Annual report of the Punjab Veterinary College and of the Civil Veterinary Department, Punjab - 1920-1925
Year: 1920
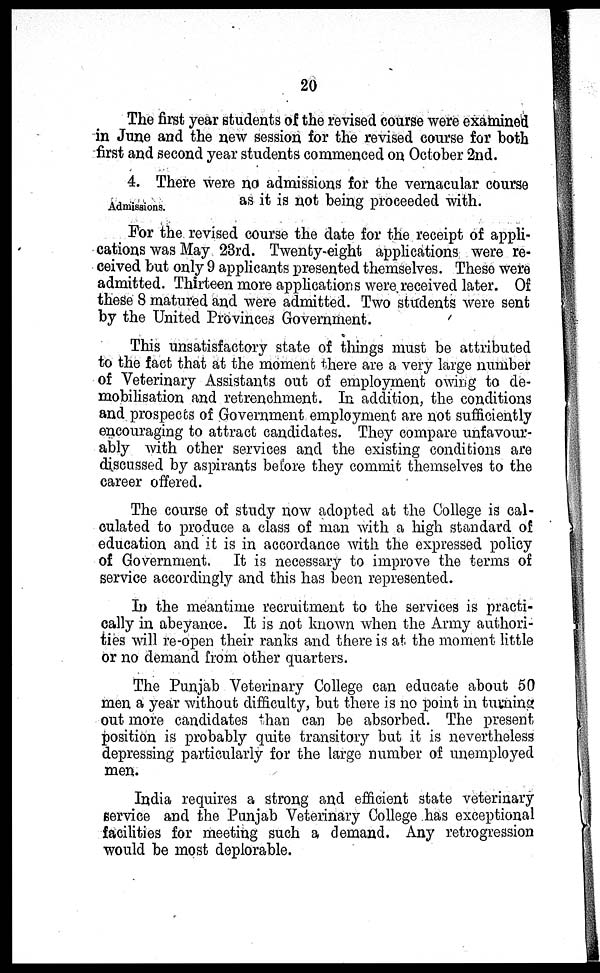
20
The first year students of the revised course were examined
in June and the new session for the revised course for both
first and second year students commenced on October 2nd.
Admissions.
4. There were no admissions for the vernacular course
as it is not being proceeded with.
For the revised course the date for the receipt of appli-
cations was May 23rd. Twenty-eight applications were re-
ceived but only 9 applicants presented themselves. These were
admitted. Thirteen more applications were received later. Of
these 8 matured and were admitted. Two students were sent
by the United Provinces Government.
This unsatisfactory state of things must be attributed
to the fact that at the moment there are a very large number
of Veterinary Assistants out of employment owing to de-
mobilisation and retrenchment. In addition, the conditions
and prospects of Government employment are not sufficiently
encouraging to attract candidates. They compare unfavour-
ably with other services and the existing conditions are
discussed by aspirants before they commit themselves to the
career offered.
The course of study now adopted at the College is cal-
culated to produce a class of man with a high standard of
education and it is in accordance with the expressed policy
of Government. It is necessary to improve the terms of
service accordingly and this has been represented.
In the meantime recruitment to the services is practi-
cally in abeyance. It is not known when the Army authori-
ties will re-open their ranks and there is at the moment little
or no demand from other quarters.
The Punjab Veterinary College can educate about 50
men a year without difficulty, but there is no point in turning
out more candidates than can be absorbed. The present
position is probably quite transitory but it is nevertheless
depressing particularly for the large number of unemployed
men.
India requires a strong and efficient state veterinary
service and the Punjab Veterinary College has exceptional
facilities for meeting such a demand. Any retrogression
would be most deplorable.